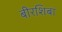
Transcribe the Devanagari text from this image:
बीरशिबा